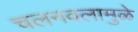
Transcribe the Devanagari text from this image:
चलनवलामुळे